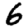
Digit: 6